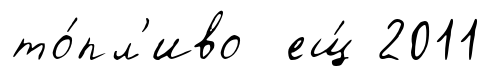
то́пл'иво ещ́ 2011